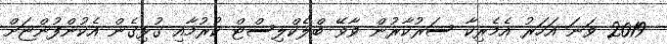
2019 ވަނަ އަހަރު އެމެރިކާ ސަރުކާރުން ވާވޭ ބްލެކްލިސްޓް ކުރުމާއި ގުޅިގެން އެކުންފުންޏަށް